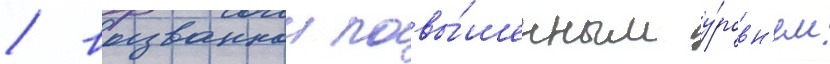
/ вызваннои повы́шенным у́ровн'ем